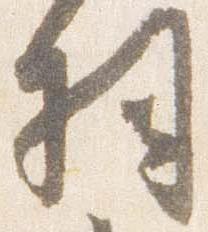
羽